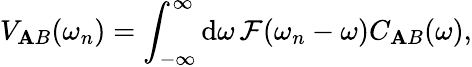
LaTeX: V_{\mathbf{A}B}(\omega_{n})=\int_{-\infty}^{\infty}\mathrm{{d}}\omega\, \mathcal{{F}}(\omega_{n}-\omega)C_{\mathbf{A}B}(\omega),